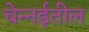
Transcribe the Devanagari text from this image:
चेन्‍नईतील